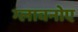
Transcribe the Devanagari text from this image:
ग्लावनोए